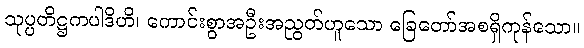
သုပ္ပတိဋ္ဌကပါဒိဟိ၊ ကောင်းစွာအဦးအညွတ်ဟူသော ခြေတော်အစရှိကုန်သော။